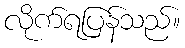
လိုက်ရပြန်သည်။